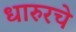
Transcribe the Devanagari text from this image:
धारुरचे